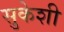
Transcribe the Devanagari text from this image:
सुकेशी